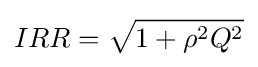
IRR={\sqrt {1+\rho ^{2}Q^{2}}}